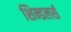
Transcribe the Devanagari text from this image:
शिन्डलर्स